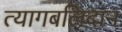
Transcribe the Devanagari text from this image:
त्यागबलिदान